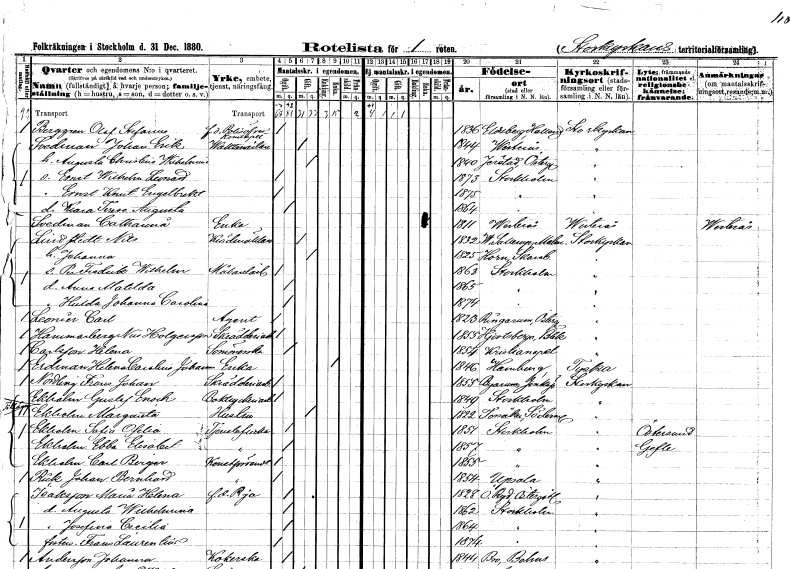
gt_parse: households: individuals: FN: Olof Stefanus
EN: Berggren
YRKE: Polisöverkonstapel f.d.
KON: M
CIV: O
FODAR: 1836
FODFORS: Eldsberga Hallands län
FN: Johan Erik
EN: Svedman
YRKE: Vaktmästare
KON: M
CIV: G
FODAR: 1844
FODFORS: Västerås Västmanlands län
FN: Augusta Christina Wilhelmina
KON: K
CIV: G
FODAR: 1840
FODFORS: Järstad Östergötlands län
FN: Ernst Wilhelm Leonard
KON: M
CIV: O
FODAR: 1873
FODFORS: Stockholm
FN: Ernst Knut Engelbrekt
KON: M
CIV: O
FODAR: 1875
FODFORS: Stockholm
FN: Klara Terese Augusta
KON: K
CIV: O
FODAR: 1864
FODFORS: Stockholm
FN: Catharina
EN: Svedman
YRKE: Änka
KON: K
CIV: E
FODAR: 1811
FODFORS: Västerås Västmanlands län
FN: Nils
EN: Lindstedt
YRKE: Klädmäklare
KON: M
CIV: G
FODAR: 1832
FODFORS: Västra Sallerup Malmöhus län
FN: Johanna
KON: K
CIV: G
FODAR: 1825
FODFORS: Horn Skaraborgs län
FN: Per Fredrik Wilhelm
YRKE: Målarelärling
KON: M
CIV: O
FODAR: 1863
FODFORS: Stockholm
FN: Anna Matilda
KON: K
CIV: O
FODAR: 1865
FODFORS: Stockholm
FN: Hulda Johanna Carolina
KON: K
CIV: O
FODAR: 1874
FODFORS: Stockholm
FN: Carl
EN: Leonier
YRKE: Agent
KON: M
CIV: O
FODAR: 1823
FODFORS: Ringarum Östergötlands län
FN: Nils
EN: Hammarberg Holgersson
YRKE: Skrädderiarbetare
KON: M
CIV: O
FODAR: 1855
FODFORS: Hjortsberga Blekinge län
FN: Helena
EN: Carlsson
YRKE: Sömmerska
KON: K
CIV: O
FODAR: 1854
FODFORS: Kristianopel Blekinge län
FN: Helena Carolina Johanna
EN: Erdman
YRKE: Änka
KON: K
CIV: E
FODAR: 1846
FN: Frans Johan
EN: Nordling
YRKE: Skrädderiarbetare
KON: M
CIV: O
FODAR: 1855
FODFORS: Byarum Jönköpings län
FN: Gustaf Enock
YRKE: Boktryckeriarbetare
KON: M
CIV: O
FODAR: 1849
FODFORS: Stockholm
FN: Margareta
EN: Ekholm
YRKE: Hustru
KON: K
CIV: G
FODAR: 1822
FODFORS: Torsåker Södermanlands län
FN: Sofia Ofelia
EN: Ekholm
YRKE: Tjänsteflicka
KON: K
CIV: O
FODAR: 1851
FODFORS: Stockholm
FN: Ebba Elisabet
EN: Ekholm
YRKE: Tjänsteflicka
KON: K
CIV: O
FODAR: 1857
FODFORS: Stockholm
FN: Carl Birger
EN: Ekholm
YRKE: Konstförvandt
KON: M
CIV: O
FODAR: 1855
FODFORS: Stockholm
FN: Johan Bernhard
EN: Rick
YRKE: Konstförvandt
KON: M
CIV: O
FODAR: 1854
FODFORS: Uppsala Uppsala län
FN: Maria Helena
EN: Isaksson
YRKE: Piga f.d.
KON: K
CIV: O
FODAR: 1828
FODFORS: Östra Ryd Östergötlands län
FN: Augusta Wilhelmina
KON: K
CIV: O
FODAR: 1862
FODFORS: Stockholm